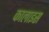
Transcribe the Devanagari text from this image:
कालाइस